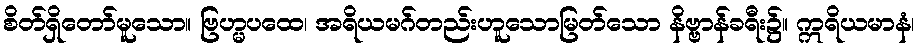
စိတ်ရှိတော်မူသော။ ဗြဟ္မပထေ၊ အရိယမဂ်တည်းဟူသောမြတ်သော နိဗ္ဗာန်ခရီး၌။ ဣရိယမာနံ၊